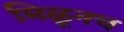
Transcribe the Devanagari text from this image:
मिळूनच